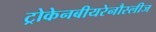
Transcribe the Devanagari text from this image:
ट्रोकेनबीयरेनौस्लीज